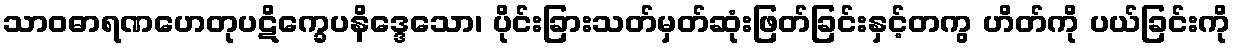
သာဝဓာရဏဟေတုပဋိက္ခေပနိဒ္ဒေသော၊ ပိုင်းခြားသတ်မှတ်ဆုံးဖြတ်ခြင်းနှင့်တကွ ဟိတ်ကို ပယ်ခြင်းကို